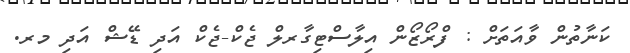
ކަނާތުން ވާއަތަށް : ފްރޯޒޯން އިލާސްޓިގާރލް ޖެކް-ޖެކް އަދި ޑޭޝް އަދި މރ.